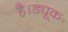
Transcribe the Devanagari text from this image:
है।ड्यूक